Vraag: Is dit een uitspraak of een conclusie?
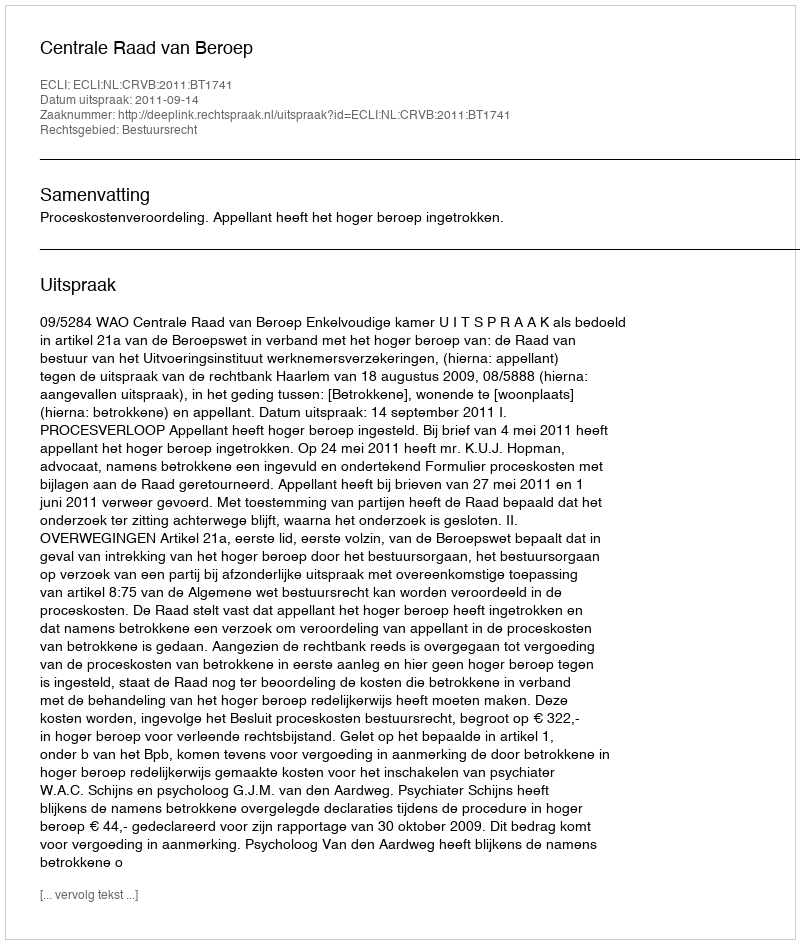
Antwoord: Uitspraak